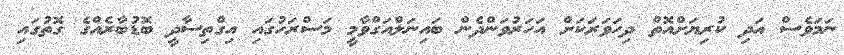
ނަމަވެސް އަދި ކުރިޔަށްއޮތް ދިހަވަރަކަށް އަހަރުވަންދެން ބައިނަލްއަގްވާމީ މަސްރަހުގައި އިގްތިސާދީ ބޮޑުބާރެއްގެ ގޮތުގައި